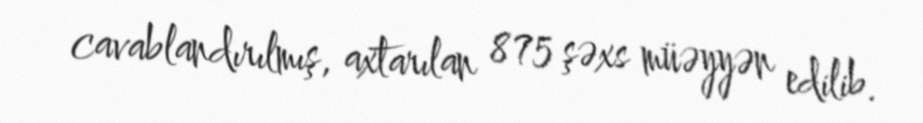
cavablandırılmış, axtarılan 875 şəxs müəyyən edilib.